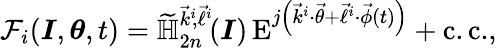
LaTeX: \mathcal{F}_{i}(\boldsymbol{I},\boldsymbol{\theta},t)=\widetilde{\mathbb{H}}_{2n}^{\vec{k}^{i}\! ,\vec{\ell}^{i}}\! (\boldsymbol{I})\, \mathrm{E}^{j\left(\vec{k}^{i}\cdot\vec{\theta}+\vec{\ell}^{i}\cdot\vec{\phi}(t)\right)}+\mathrm{c.c.},